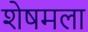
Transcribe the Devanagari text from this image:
शेषमला